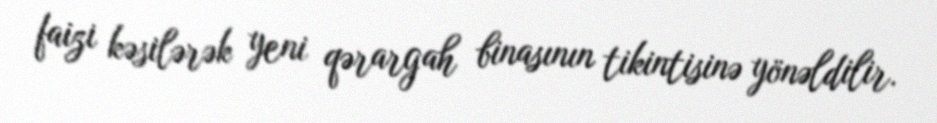
faizi kəsilərək yeni qərargah binasının tikintisinə yönəldilir.